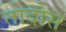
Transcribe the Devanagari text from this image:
तोदोस